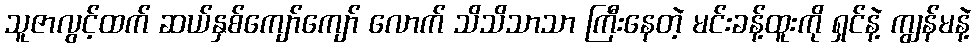
သူဇာလွင့်ထက် ဆယ်နှစ်ကျော်ကျော် လောက် သိသိသာသာ ကြီးနေတဲ့ မင်းခန့်ထူးကို ရှင်နဲ့ ကျွန်မနဲ့